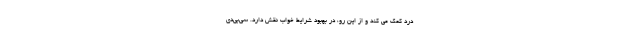
درد کمک می کند و از این رو، در بهبود شرایط خواب نقش دارد. سی‌بی‌دی